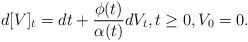
LaTeX: \begin{align*}d [V]_t = dt + \frac{\phi(t)}{\alpha(t)} d V_t,t\geq 0, V_0 = 0.\end{align*}